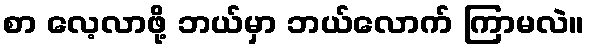
စာ လေ့လာဖို့ ဘယ်မှာ ဘယ်လောက် ကြာမလဲ။